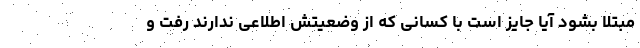
مبتلا بشود آیا جایز است با کسانی که از وضعیتش اطلاعی ندارند رفت و